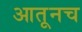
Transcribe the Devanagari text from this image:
आतूनच